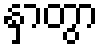
နှာတွာ